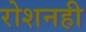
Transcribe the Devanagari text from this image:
रोशनही